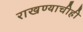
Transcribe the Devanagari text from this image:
राखण्याचीही